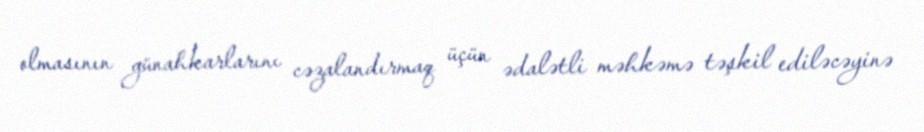
olmasının günahkarlarını cəzalandırmaq üçün ədalətli məhkəmə təşkil ediləcəyinə